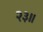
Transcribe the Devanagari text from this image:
२३॥